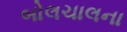
બોલચાલના